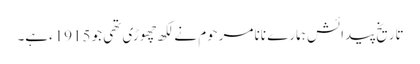
تاریخ پیدائش ہمارے نانا مرحوم نے لکھ چھوڑی تھی جو 1915ءہے۔